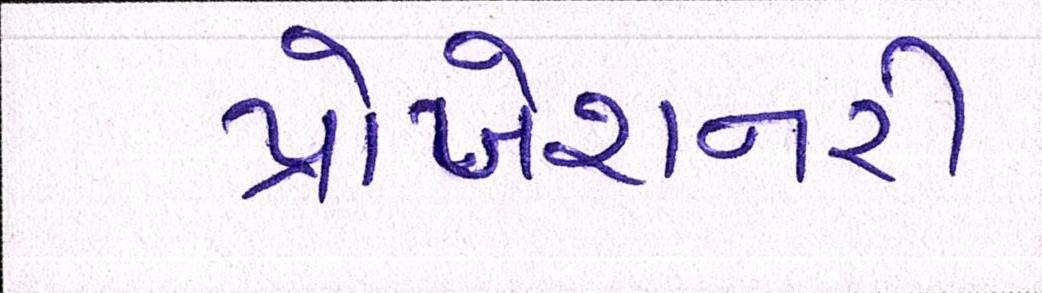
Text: પ્રોબેશનરી